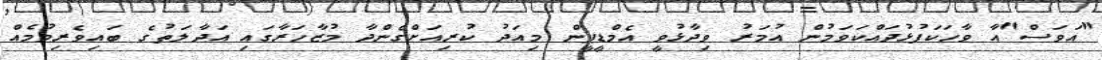
"އަވަސް"އާ ވާހަކަފުޅުދައްކަވަމުން އުމަރު ވިދާޅުވީ އެމްޑީޕީން މިއަދު ކުރިއަށްގެންދާ މުޒާހަރާގައި އަދާލަތުގެ ބައިވެރިވުމެއް